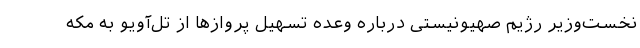
نخست‌وزیر رژیم صهیونیستی درباره وعده تسهیل پروازها از تل‌آویو به مکه